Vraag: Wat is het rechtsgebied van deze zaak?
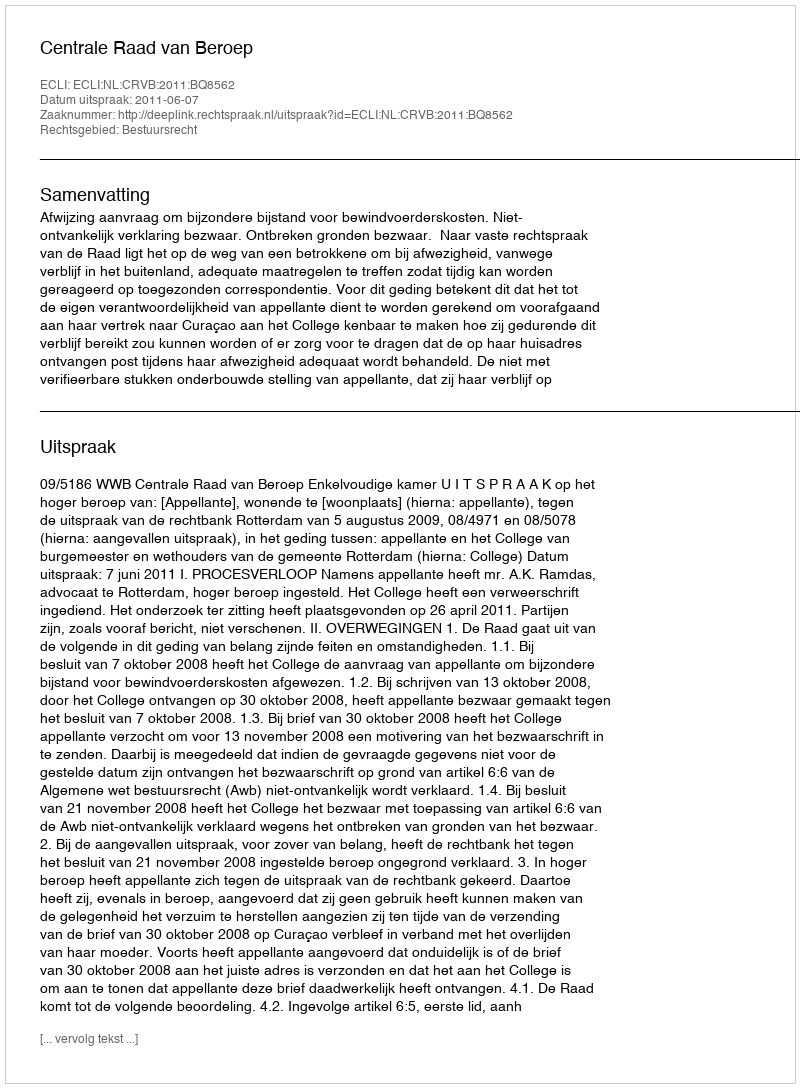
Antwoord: Bestuursrecht